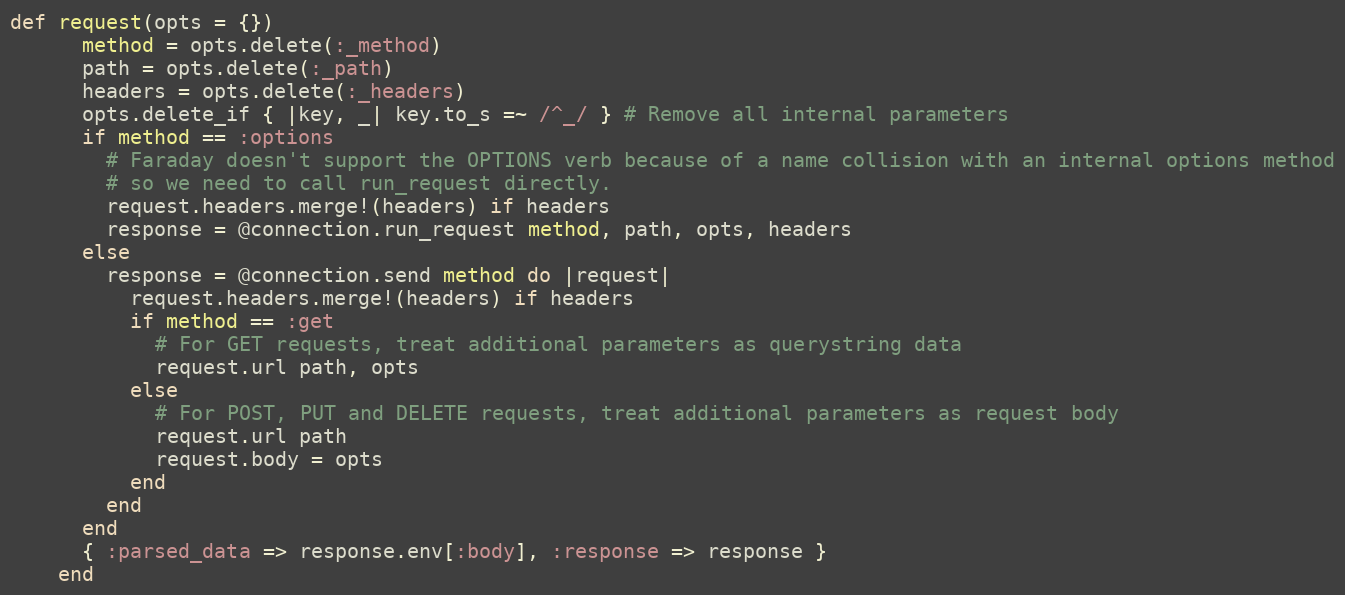
Language: Ruby
def request(opts = {})
      method = opts.delete(:_method)
      path = opts.delete(:_path)
      headers = opts.delete(:_headers)
      opts.delete_if { |key, _| key.to_s =~ /^_/ } # Remove all internal parameters
      if method == :options
        # Faraday doesn't support the OPTIONS verb because of a name collision with an internal options method
        # so we need to call run_request directly.
        request.headers.merge!(headers) if headers
        response = @connection.run_request method, path, opts, headers
      else
        response = @connection.send method do |request|
          request.headers.merge!(headers) if headers
          if method == :get
            # For GET requests, treat additional parameters as querystring data
            request.url path, opts
          else
            # For POST, PUT and DELETE requests, treat additional parameters as request body
            request.url path
            request.body = opts
          end
        end
      end
      { :parsed_data => response.env[:body], :response => response }
    end